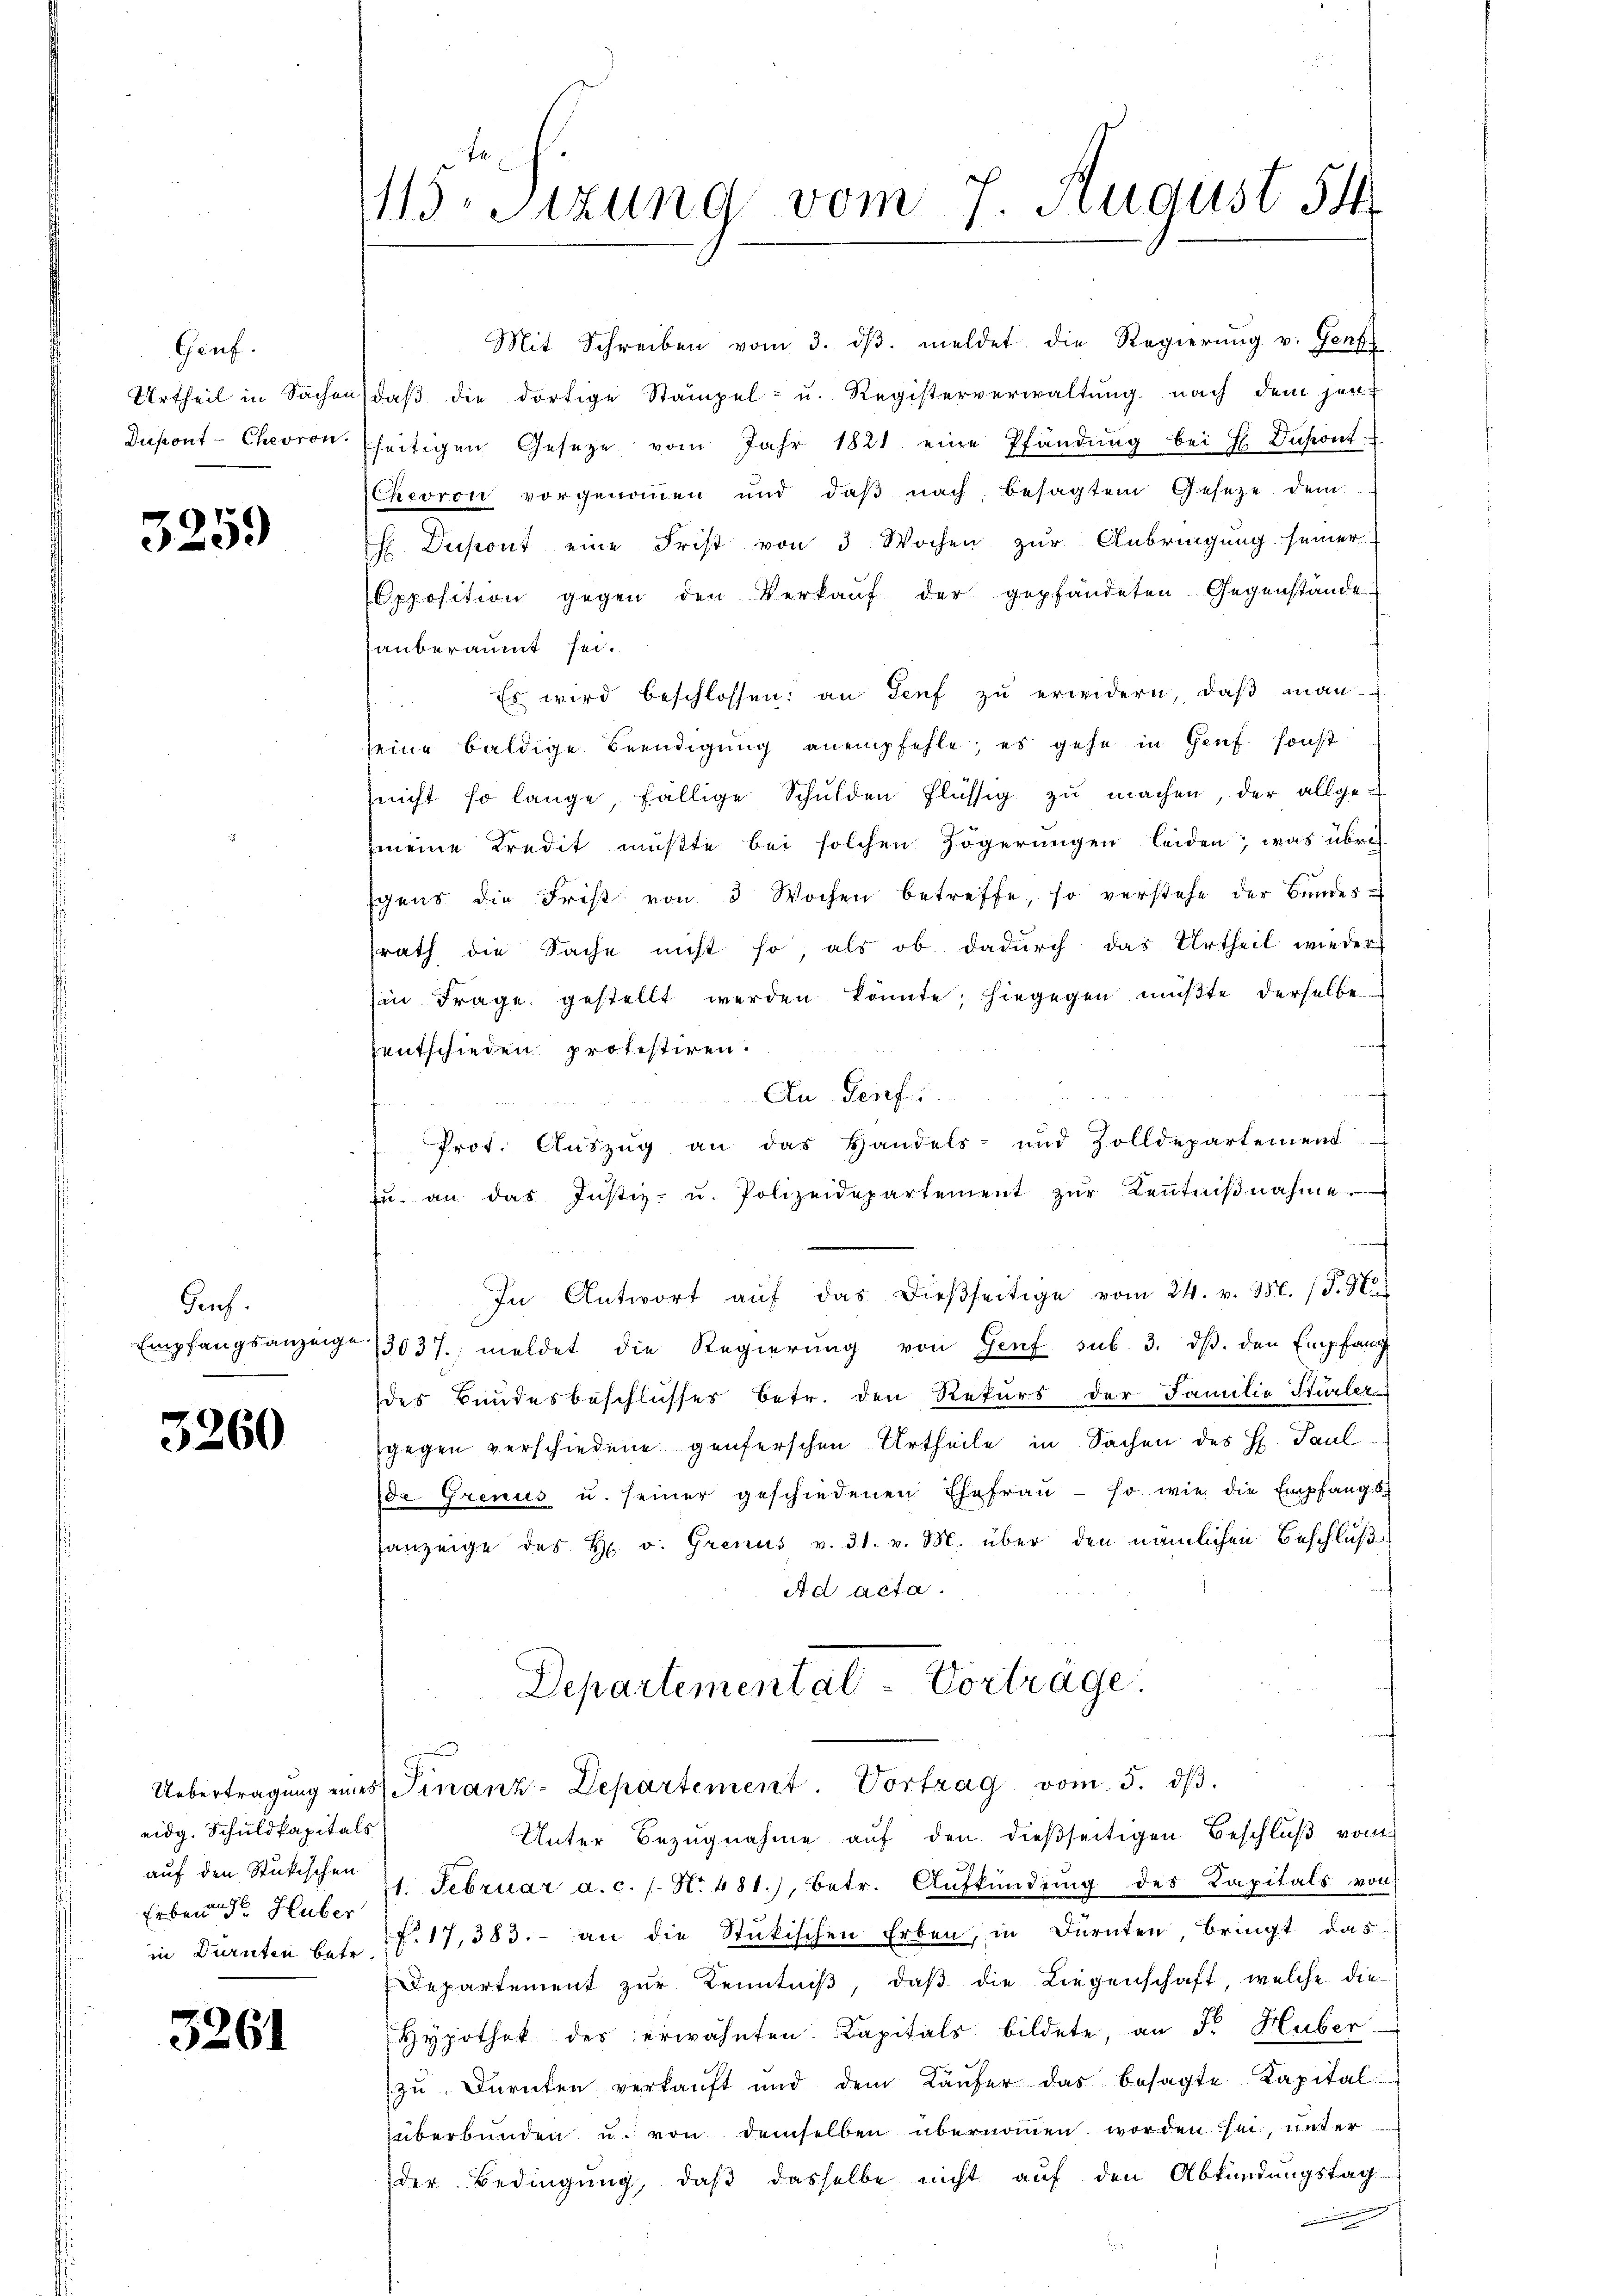
Genf.
Urtheil in Sachen
Dipont - Chevron

3259

Ginf.
Empfangsanzeige

3260

eidg. Schuldkapitals
Erben d. Huber

5261

1.sizung vom 7. August 54

Mit Schreiben vom 3. dβ. meldet die Regierŭng v. Genf
daβ die dortige Stampel- u. Registerverwaltung nach dem jenseitigen Gesetze vom Jahr 1821. eine Pfändung bei H Dapont
Chcoron vorgenommen und daβ nach besagten Gesetze dem
 Dapont eine Frist von 3 Wochen zur Anbringung seiner
Opposition gegen den Verkaŭf der gepfändeten Gegenstände
hauberaumt sei.
 Es wird beschlossen: an Senf zŭ erwidern, daβ man
seine baldige Beendigung anempfehle; es gehe in Genf, sonst
nicht so lange, fällige Schŭlden flüssig zŭ machen, der allge-
meine Kredit müßte bei solchen Zögerungen leiden, was übrig
schens die Frist von 3 Wochen betreffe, so verstehe der Bŭndes-
srath die Sache nicht so, als ob dadurch das Urtheil wieder
(in Frage gestellt werden könnte; hiegegen müßte derselbe
entschieden protestiren.
An Genf.
Prot. Auszug an das Handels- und Zolldepartemend
zŭ. an das Justiz- u. Polizeidepartement zŭr Keṅtniβnahme.
h
In Antwort aŭf das dieβseitige vom 24. v. M. (T. K.
3037., meldet die Regierung von Genf sub. 3. ds. den Empfang
des Bundesbeschlusses betr. den Rekurs der Familie Stürler
gegen verschiedene Genferschen Urtheile in Sachen des H. Paulde Grenus u. seiner geschiedenen Ehefrau - so wie die Empfange
sanzeige des H. v. Grenus v. 31. v. M. über den nämlichen Beschluß
Ad acta.
Departemental-Vorträge.
Uebertragung eines Finanz-Departement Vortrag vom 5. dβ.
Unter Bezugnahme auf den dießseitigen Beschluß vom
aŭf den Stückischen 21. Februar a. c. s. No 481.), betr. Aufkündŭng des Kapitals von
in Dürnten betr. f. 17,383. - an die Stückischen Erben, in Dürnten, bringt das
Departement zŭr Kenntniβ, daβ die Liegenschaft, welche die
Hypothek des erwähnten Kapitals bildete, an Fr. Huber
zu Dürnten verkaŭft und dem Käŭfer das besagte Kapital
überbunden u. von demselben übernommen worden sei, unter
der Bedingung, daß dasselbe nicht auf den Abkündungstag-